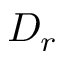
D _ { r }